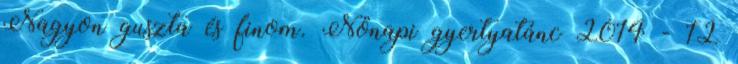
Nagyon guszta és finom. Nőnapi gyertyatánc 2014 - 12